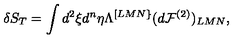
\delta S _ { T } = \int d ^ { 2 } \xi d ^ { n } \eta \Lambda ^ { [ L M N \} } ( d { \cal F } ^ { ( 2 ) } ) _ { L M N } ,